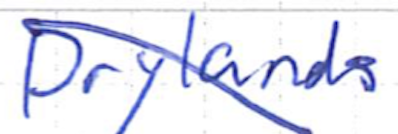
Text: Drylands
Cross-out: mix
Writing tool: ballpoint